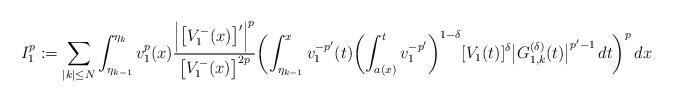
LaTeX: \begin{align*}I_1^p:=\sum_{|k|\le N}\int_{\eta_{k-1}}^{\eta_k} v_1^{p}(x)\frac{\Bigl|\bigl[V_1^-(x)\bigr]'\Bigr|^p}{\bigl[V_1^-(x)\bigr]^{2p}} \biggl(\int_{\eta_{k-1}}^x v_1^{-p'}(t) \biggl(\int_{a(x)}^t v_1^{-p'}\biggr)^{1-\delta}[V_1(t)]^{\delta}\bigl|G^{(\delta)}_{1,k}(t)\bigr|^{p'-1}\,dt\biggr)^p\,dx\end{align*}